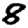
Digit: 8